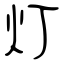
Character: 灯